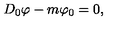
D _ { 0 } \varphi - m \varphi _ { 0 } = 0 ,